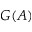
G ( A )